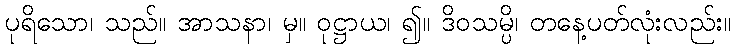
ပုရိသော၊ သည်။ အာသနာ၊ မှ။ ဝုဋ္ဌာယ၊ ၍။ ဒိဝသမ္ပိ၊ တနေ့ပတ်လုံးလည်း။